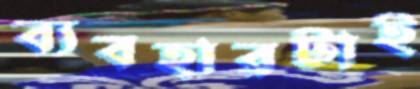
ব্যবহারটাই